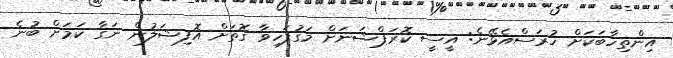
އިންތިހާބަކަށް ހުރަސްއެޅޭނެ: އީސީ ކޮރަޕްޝަނަށް މަގުފަހިވާ ގޮތަށް އޮފިޝަލުން ނަގާ ކަމަށް ބުނެ